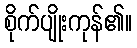
စိုက်ပျိုးကုန်၏။